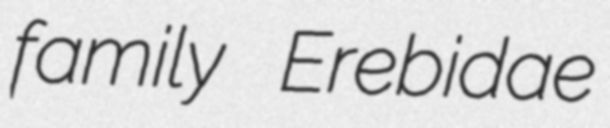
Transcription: family Erebidae